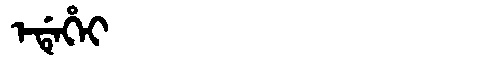
Manchu: ᡝᡩᡝᡥᡝᡳ
Romanization: EDEHEI